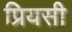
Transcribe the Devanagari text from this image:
प्रियसी